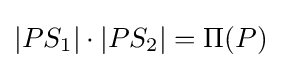
|PS_{1}|\cdot |PS_{2}|=\Pi (P)